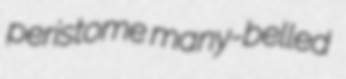
peristome many-belled